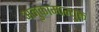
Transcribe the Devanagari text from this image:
अनुकाम्पन्युक्त